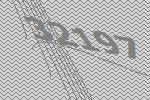
32197